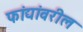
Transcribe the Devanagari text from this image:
फांद्यांवरील